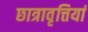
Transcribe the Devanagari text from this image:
छात्रावृत्तियां